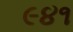
૯૪૧